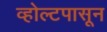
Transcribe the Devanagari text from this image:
व्होल्टपासून